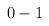
LaTeX: \begin{align*}0 & -1\end{align*}